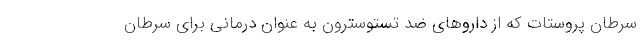
سرطان پروستات که از دارو‌های ضد تستوسترون به عنوان درمانی برای سرطان